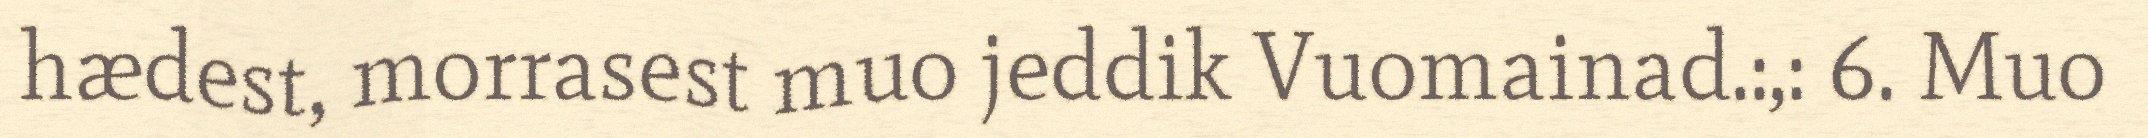
hædest, morrasest muo jeddik Vuomainad.:,: 6. Muo